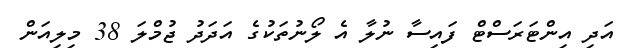
އަދި އިންޓަރަސްޓް ފައިސާ ނުލާ އެ ލޯނުތަކުގެ އަދަދު ޖުމްލަ 38 މިލިއަން